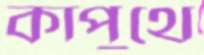
কাপুথে